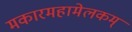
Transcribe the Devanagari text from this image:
मकारमहामेलकम्